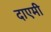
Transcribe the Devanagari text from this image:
दाएमी